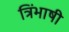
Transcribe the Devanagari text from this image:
त्रिंभाषी